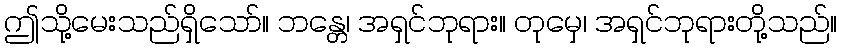
ဤသို့မေးသည်ရှိသော်။ ဘန္တေ၊ အရှင်ဘုရား။ တုမှေ၊ အရှင်ဘုရားတို့သည်။